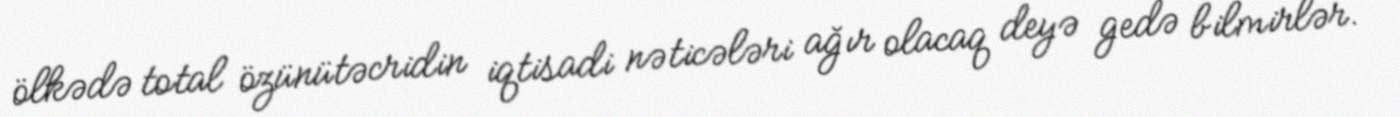
ölkədə total özünütəcridin iqtisadi nəticələri ağır olacaq deyə gedə bilmirlər.